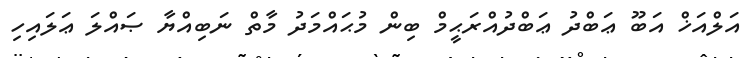
އަލްއަޚް އަބޫ ޢަބްދު ޢަބްދުއްރަޙީމް ބިން މުޙައްމަދު މާތް ނަބިއްޔާ ޞައްލަ ޢަލައިހި